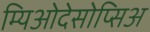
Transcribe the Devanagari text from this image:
म्यिओदेसोप्सिअ